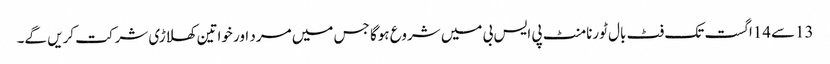
13سے14اگست تک فٹ بال ٹورنامنٹ پی ایس بی میں شروع ہوگا جس میں مرد اور خواتین کھلاڑی شرکت کریں گے۔